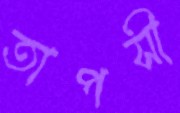
তাপসী